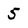
Character: 5